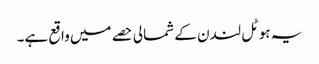
یہ ہوٹل لندن کے شمالی حصے میں واقع ہے۔